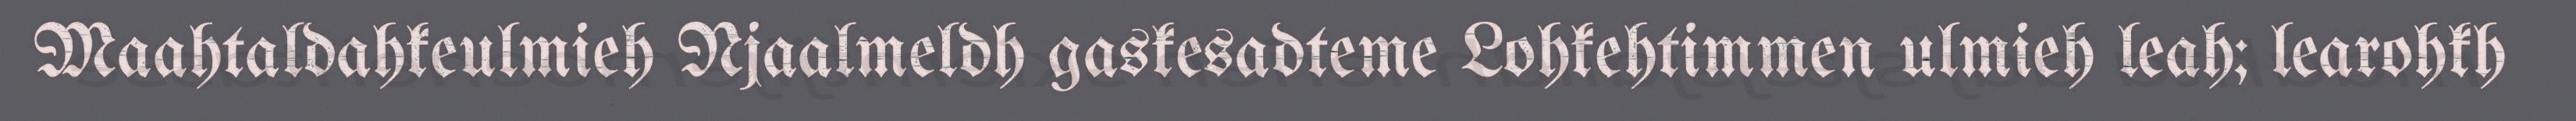
Maahtaldahkeulmieh Njaalmeldh gaskesadteme Lohkehtimmen ulmieh leah; learohkh